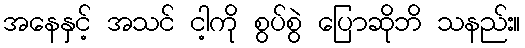
အနေနှင့် အသင် ငါ့ကို စွပ်စွဲ ပြောဆိုဘိ သနည်း။